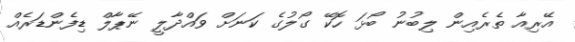
އޭރިއާ ތެރެއިން ލިބުނު ބޯޅަ ހޮކޭ ގޯލުގެ ކަނަށް ވައްދާލީ ނޭޕާލް ޑިފެންޑަރެއް